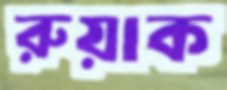
রুয়াক